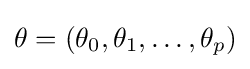
\mathbf {\theta } =(\theta _{0},\theta _{1},\ldots ,\theta _{p})